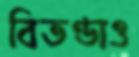
বিতণ্ডাও